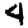
Digit: 4